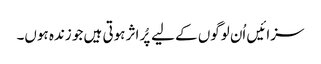
سزائیں اُن لوگوں کے لیے پُر اثر ہوتی ہیں جو زندہ ہوں۔